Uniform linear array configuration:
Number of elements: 8
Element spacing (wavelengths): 1
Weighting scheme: exponential
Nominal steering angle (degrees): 15
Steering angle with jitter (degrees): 16.978
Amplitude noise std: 0.05
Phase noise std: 0.05

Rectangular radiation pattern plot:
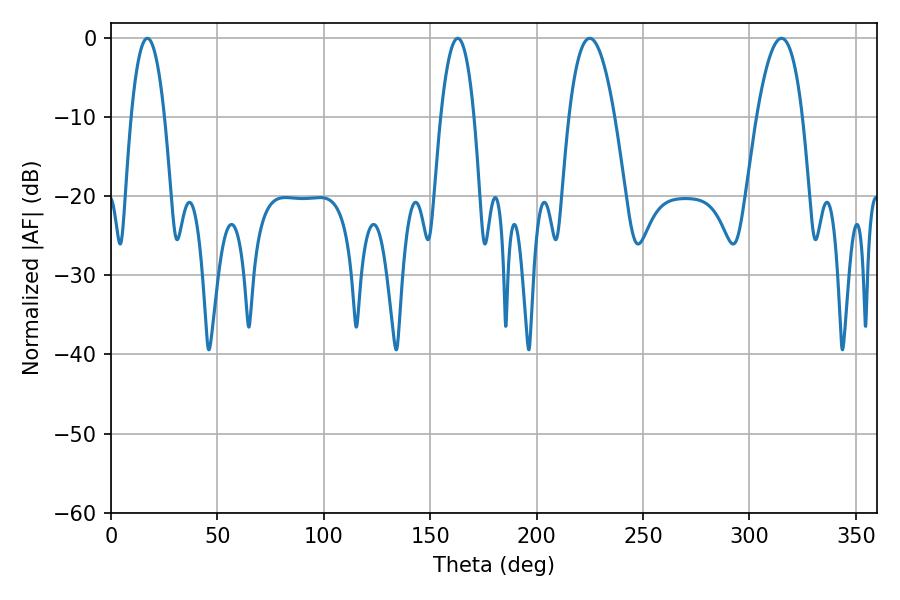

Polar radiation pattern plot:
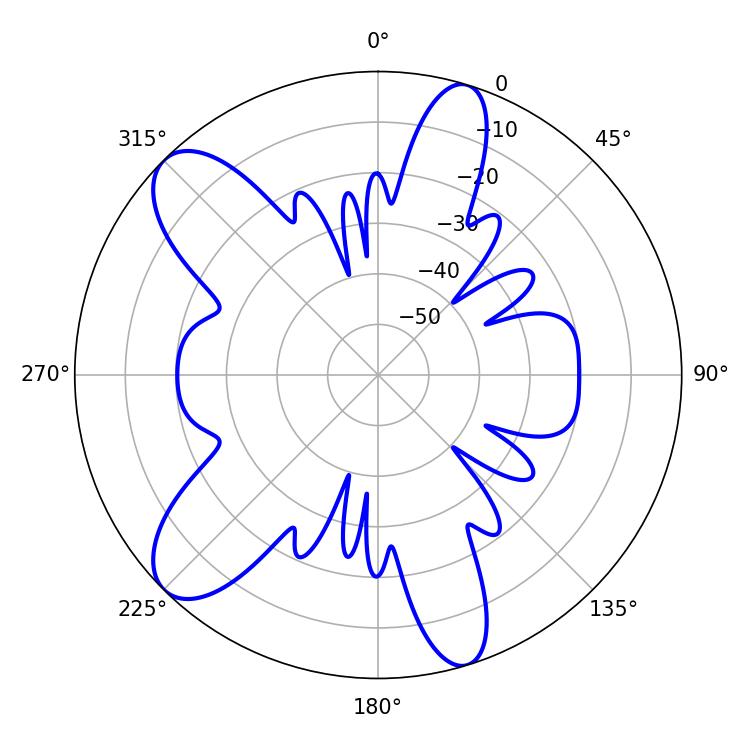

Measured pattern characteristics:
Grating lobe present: TRUE
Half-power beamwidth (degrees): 8.64
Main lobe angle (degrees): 17.1